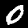
Label: 0